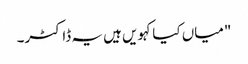
"میاں کیا کہویں ہیں یہ ڈاکٹر۔